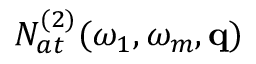
{ \cal N } _ { a t } ^ { ( 2 ) } ( \omega _ { 1 } , \omega _ { m } , \mathbf { q } )